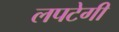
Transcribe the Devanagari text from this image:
लपटेगी